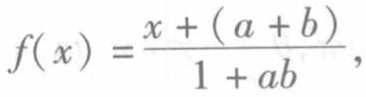
\[f(x)=\frac{x+(a + b)}{1 + ab},\]